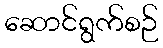
ဆောင်ရွက်စဉ်